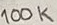
Text: 100K